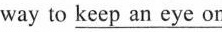
way to _keep an eye on her. I let her know that I'm A. find B. watch